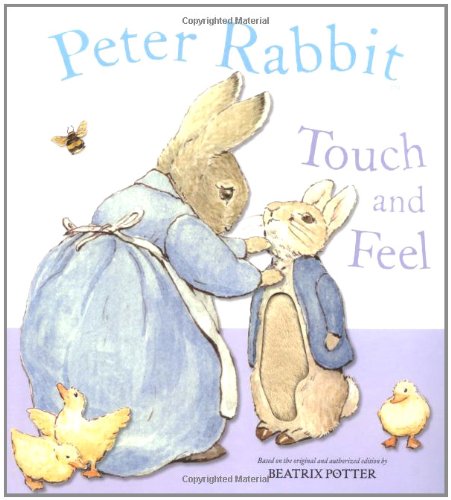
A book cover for Peter Rabbit Touch and Feel; Beatrix Potter; Children's Books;